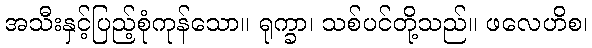
အသီးနှင့်ပြည့်စုံကုန်သော။ ရုက္ခာ၊ သစ်ပင်တို့သည်။ ဖလေဟိစ၊